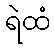
ရဲထံ